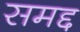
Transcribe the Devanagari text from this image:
समद्द